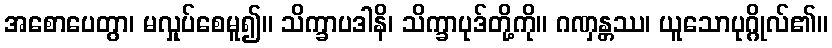
အစောပေတွာ၊ မလှုပ်စေမူ၍။ သိက္ခာပဒါနိ၊ သိက္ခာပုဒ်တို့ကို။ ဂဏှန္တဿ၊ ယူသောပုဂ္ဂိုလ်၏။